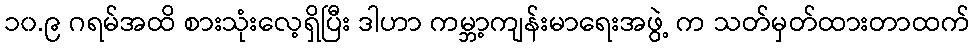
၁၀.၉ ဂရမ်အထိ စားသုံးလေ့ရှိပြီး ဒါဟာ ကမ္ဘာ့ကျန်းမာရေးအဖွဲ့ က သတ်မှတ်ထားတာထက်